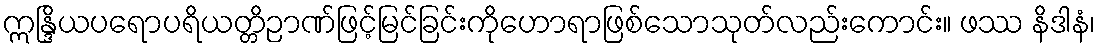
ဣန္ဒြိယပရောပရိယတ္တိဉာဏ်ဖြင့်မြင်ခြင်းကိုဟောရာဖြစ်သောသုတ်လည်းကောင်း။ ဖဿ နိဒါနံ၊